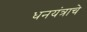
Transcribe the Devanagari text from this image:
धनयंत्राचे